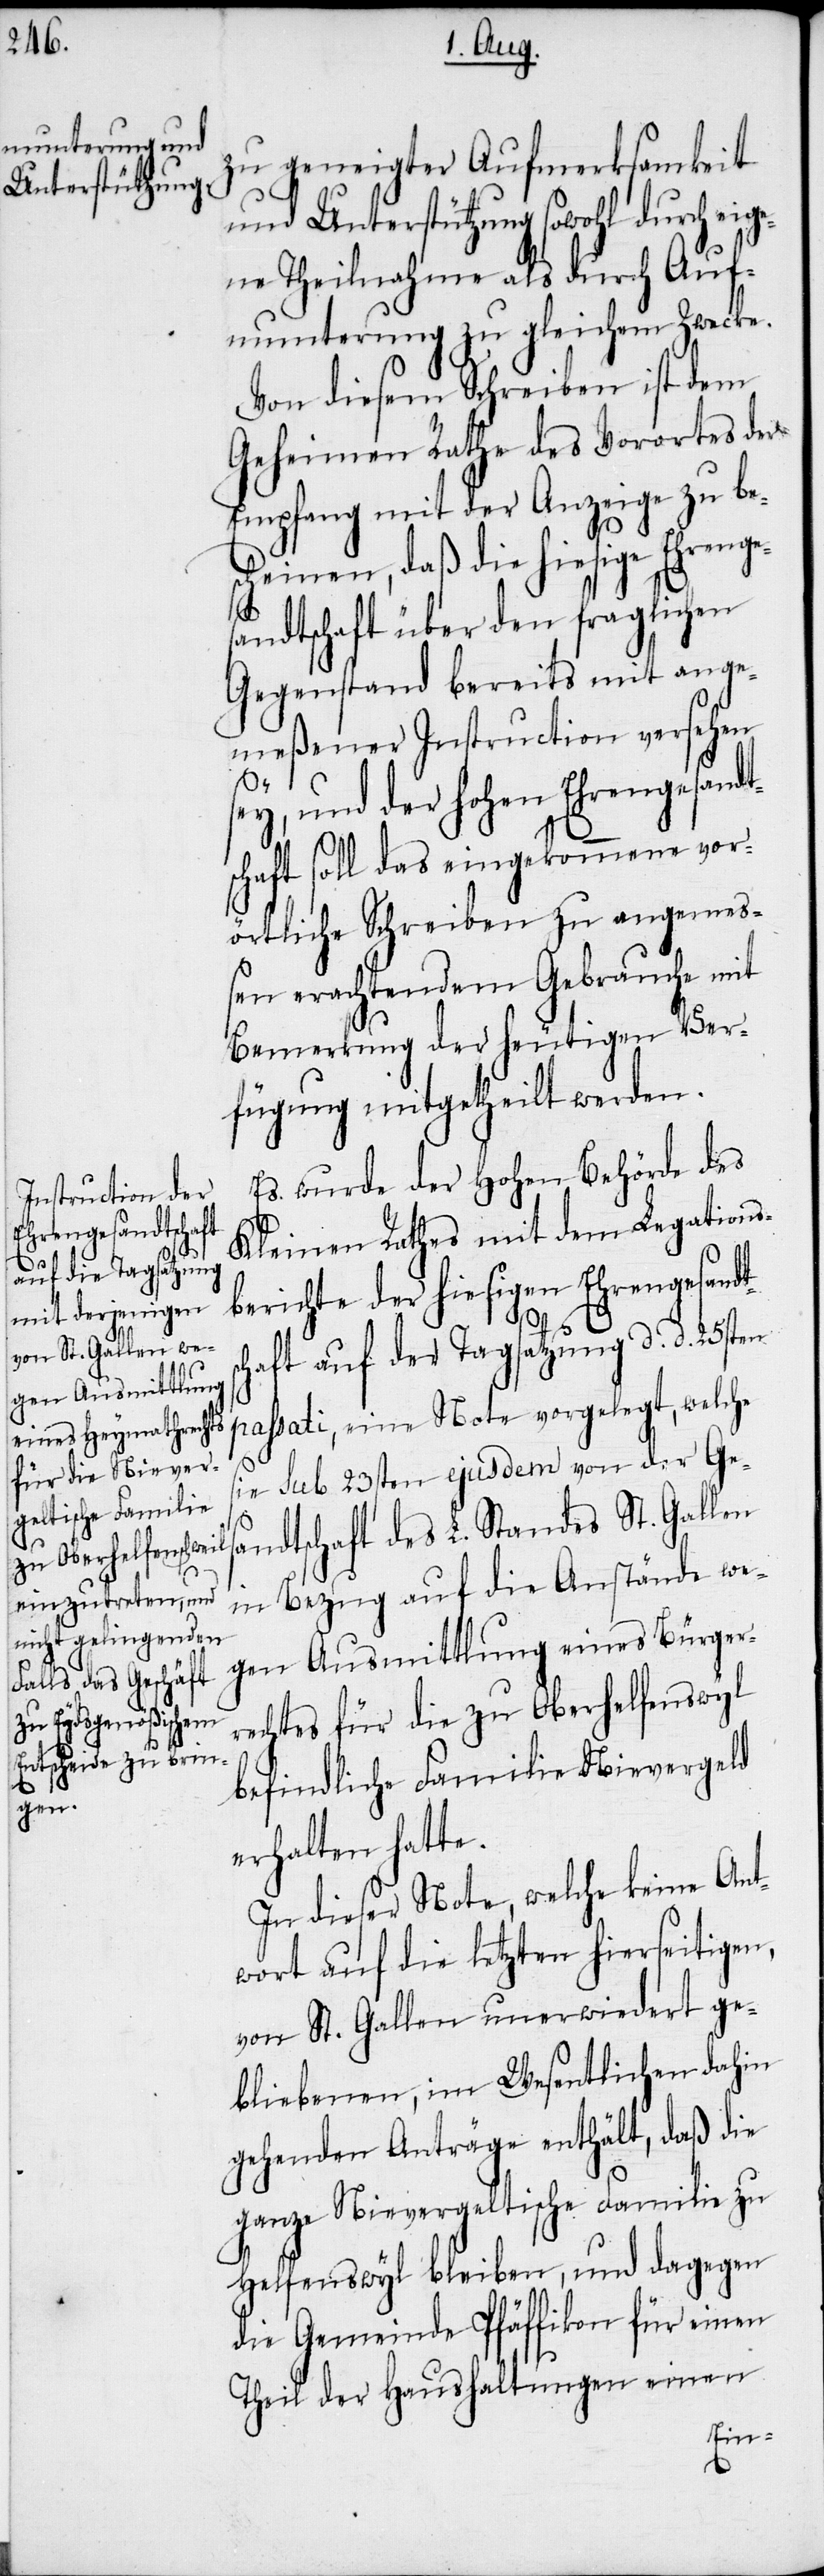
zu geneigter Aufmerksamkeit
und Unterstützung sowohl durch eige¬
ne Theilnahme als durch Auf¬
munterung zu gleichem Zwecke.
Von diesem Schreiben ist dem
Geheimen Rathe des Vorortes der
Empfang mit der Anzeige zu be¬
scheinen, daß die hiesige Ehrenge¬
sandtschaft über den fraglichen
Gegenstand bereits mit ange¬
meßener Instruction versehen
sey, und der hohen Ehrengesandt¬
schaft soll das eingekommene vor¬
örtliche Schreiben zu angemeß¬
en erachtendem Gebrauche mit
Bemerkung der heutigen Ver¬
fügung mitgetheilt werden.
Es wurde der Hohen Behörde des
Kleinen Rathes mit dem Legations¬
berichte der hiesigen Ehrengesandt¬
sc¬
haft auf der Tagsatzung d. d. 25sten
passati, eine Note vorgelegt, welche
sie sub 23sten ejusdem von der Ges¬
andtschaft des L. Standes St. Gallen
in Bezug auf die Anstände we¬
gen Ausmittlung eines Bürger¬
rechtes für die zu Oberhelfenswyl
befindliche Familie Nievergeld
erhalten hatte.
In dieser Note, welche keine Ant¬
wort auf die letzten hierseitigen,
von St. Gallen unerwiedert ge¬
bliebenen, im Wesentlichen dahin
gehenden Anträge enthält, daß die
ganze Nievergeltische Familie zu
Helfenswyl bleiben, und dagegen
die Gemeinde Pfäffikon für einen
Theil der Haushaltungen einen